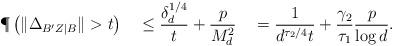
LaTeX: \begin{align*}\P \left( \|\Delta_{B'Z|B}\| > t \right)\quad\leq\frac{\delta_d^{1/4}}{t} + \frac{p}{M_d^2}\quad=\frac{1}{d^{\tau_2/4} t} + \frac{\gamma_2}{\tau_1}\frac{p}{\log d}.\end{align*}